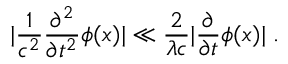
| \frac { 1 } { c ^ { 2 } } \frac { \partial ^ { 2 } } { \partial t ^ { 2 } } \phi ( x ) | \ll \frac { 2 } { \lambda c } | \frac { \partial } { \partial t } \phi ( x ) | \; .